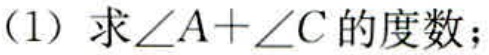
(1) 求\(\angle A+\angle C\)的度数；